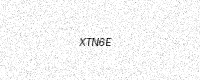
Text: XTN6E